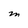
Character: M